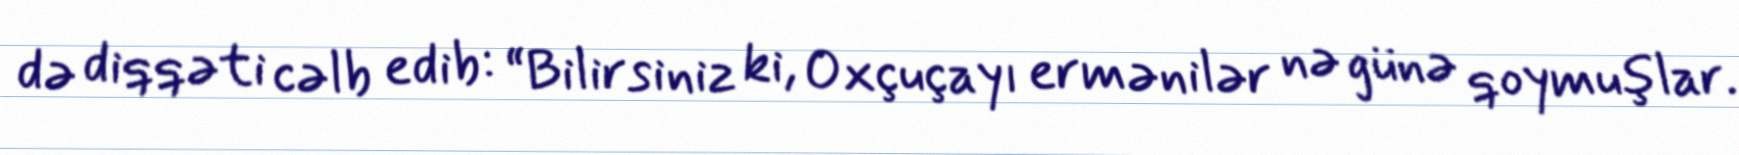
də diqqəti cəlb edib: “Bilirsiniz ki, Oxçuçayı ermənilər nə günə qoymuşlar.